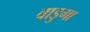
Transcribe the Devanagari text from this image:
वाडुगा